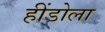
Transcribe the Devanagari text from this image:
हींडोला